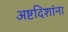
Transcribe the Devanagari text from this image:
अष्टदिशांना